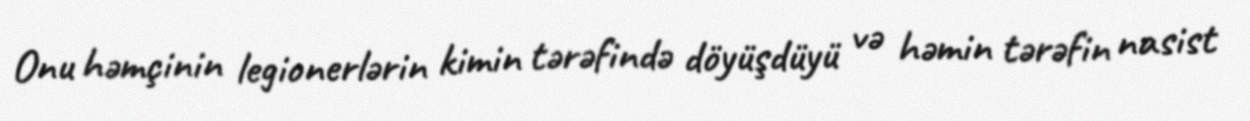
Onu həmçinin legionerlərin kimin tərəfində döyüşdüyü və həmin tərəfin nasist